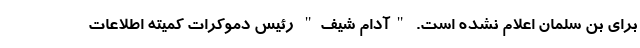
برای بن سلمان اعلام نشده است. "آدام شیف" رئیس دموکرات کمیته اطلاعات